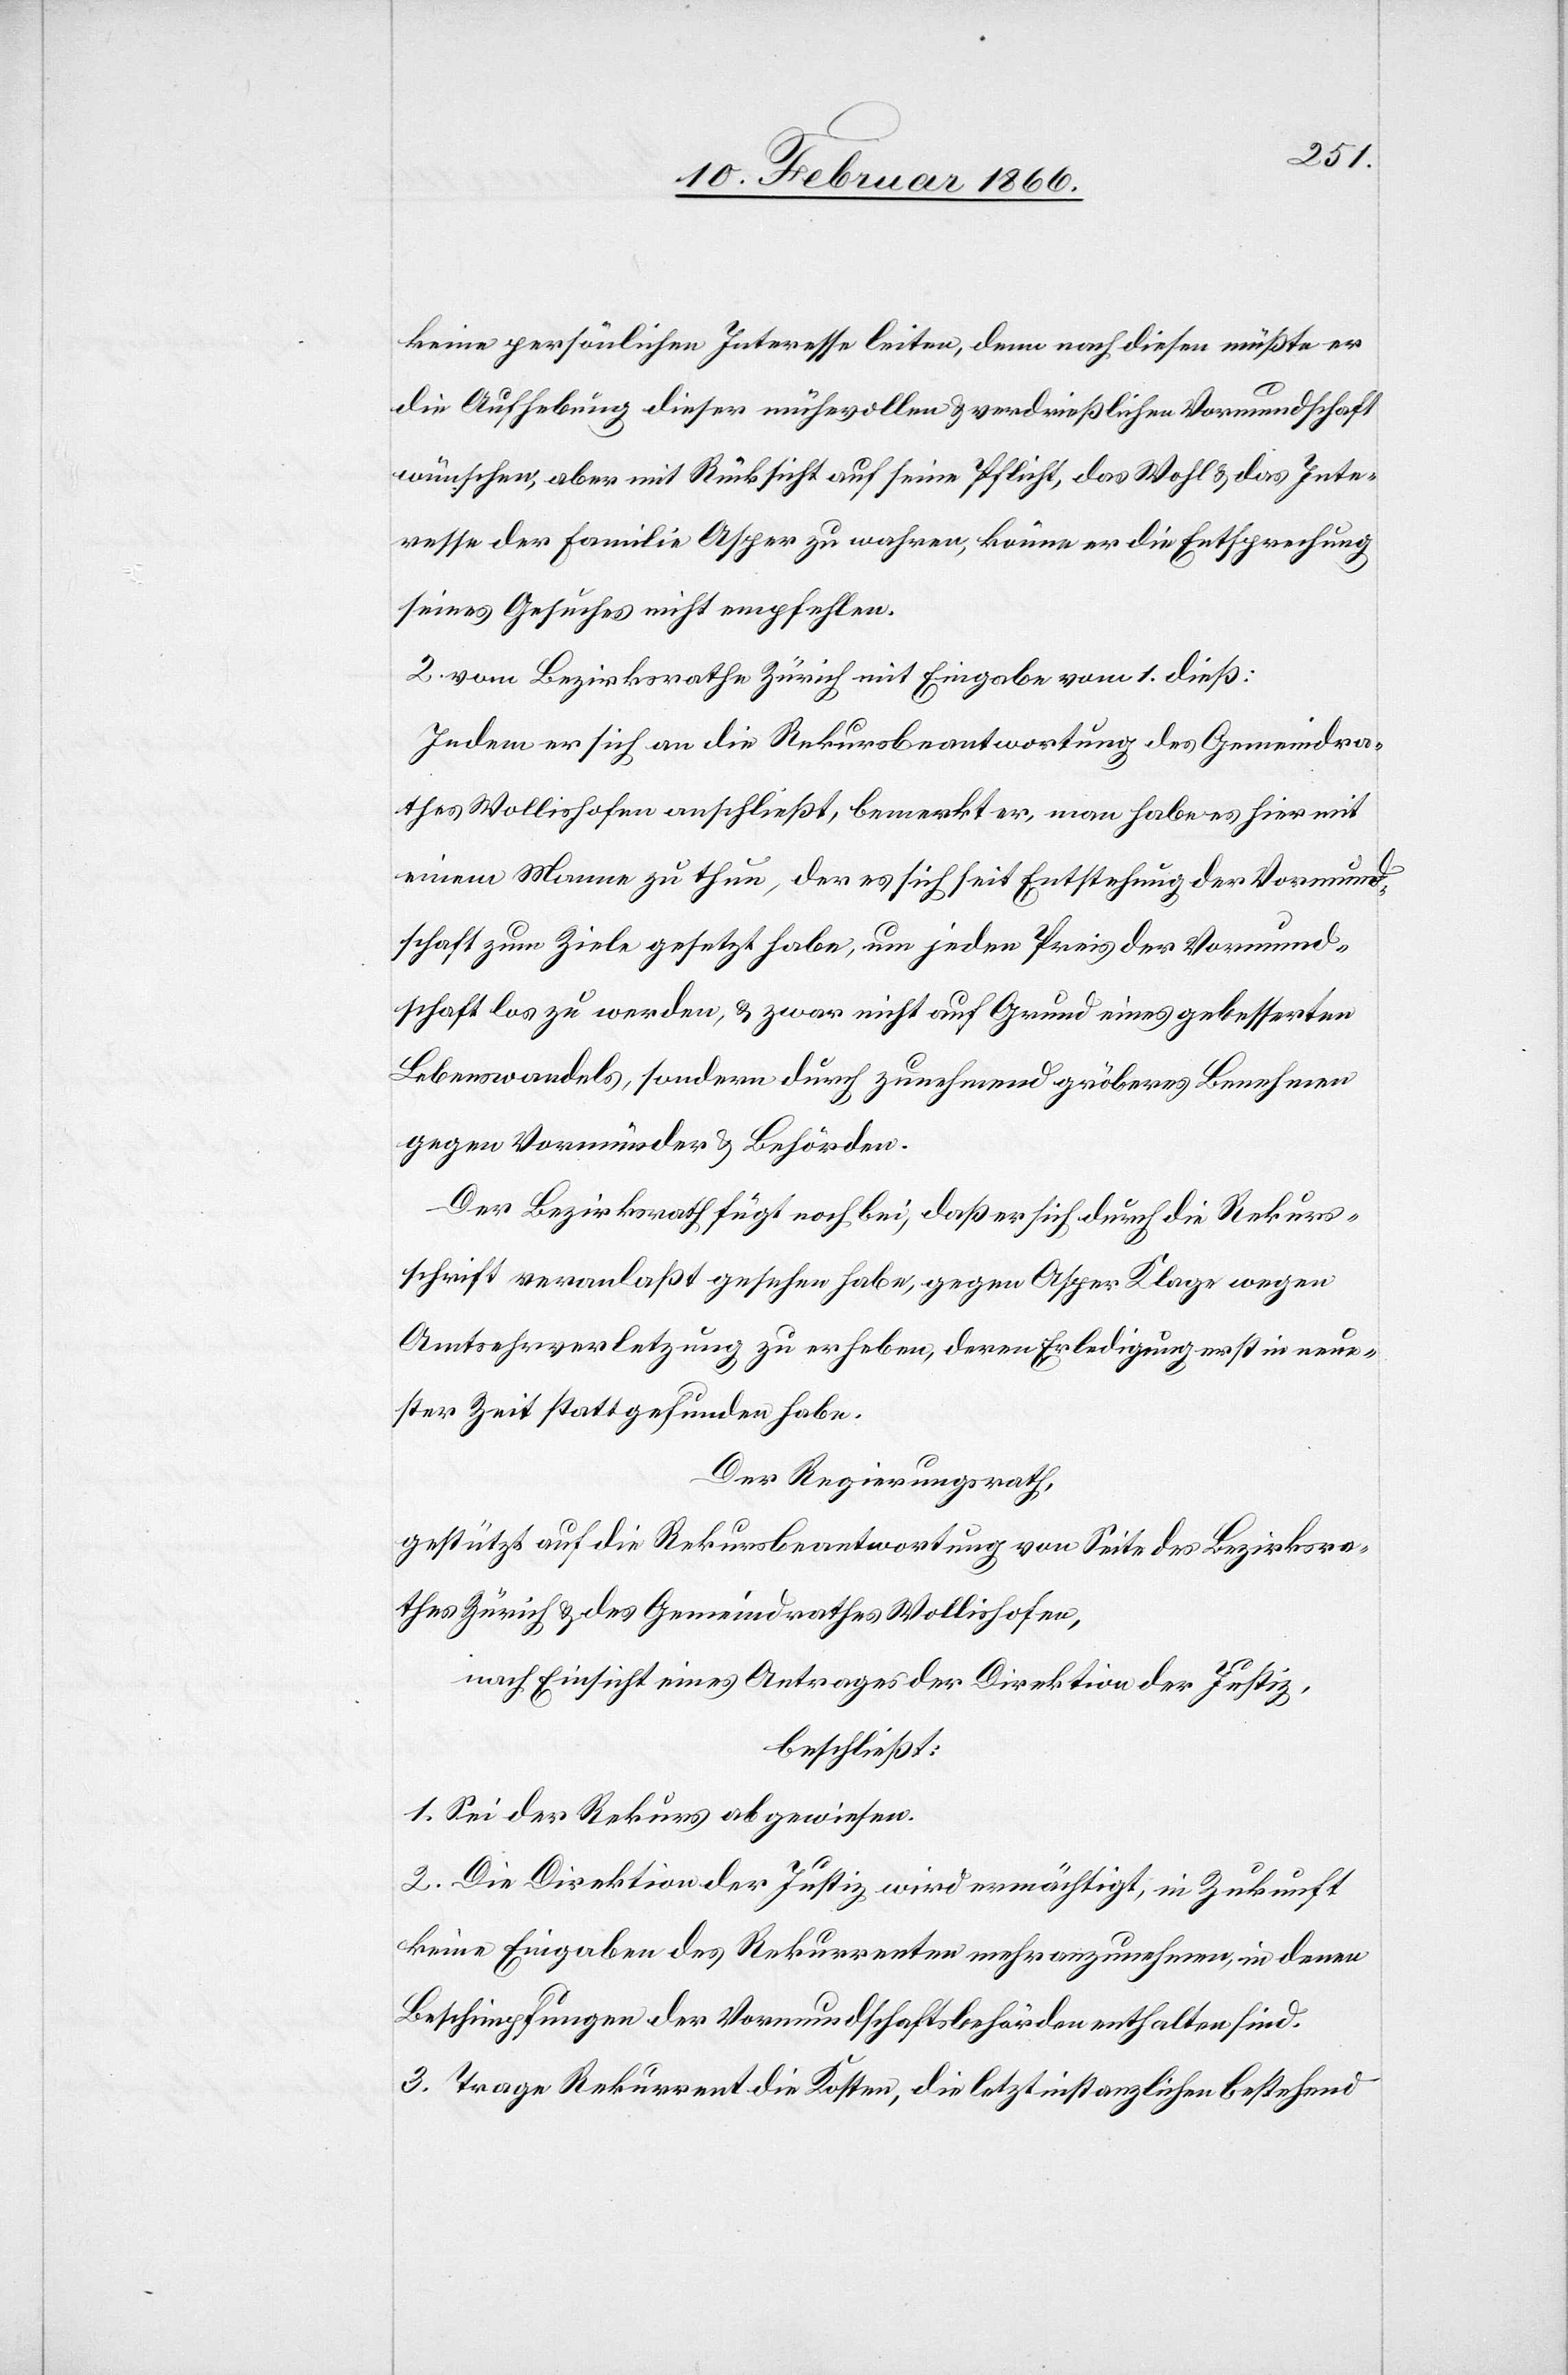
keine persönlichen Interesse leiten, denn nach diesen müßte er
die Aufhebung dieser mühevollen u. verdrießlichen Vormundschaft
wünschen, aber mit Rücksicht auf seine Pflicht, das Wohl u. das Inte¬
resse der Familie Asper zu wahren, könne er die Entsprechung
seines Gesuches nicht empfehlen.
2. vom Bezirksrathe Zürich mit Eingabe vom 1. dieß:
Indem er sich an die Rekursbeantwortung des Gemeindra¬
thes Wollishofen anschließt, bemerkt er, man habe es hier mit
einem Manne zu thun, der es sich seit Entstehung der Vormund¬
schaft zum Ziele gesetzt habe, um jeden Preis der Vormund¬
schaft los zu werden, u. zwar nicht auf Grund eines gebesserten
Lebenswandels, sondern durch zunehmend gröberes Benehmen
gegen Vormund u. Behörden.
Der Bezirksrath fügt noch bei, daß er sich durch die Rekurs¬
schrift veranlaßt gesehen habe, gegen Asper Klage wegen
Amtsehrverletzung zu erheben, deren Erledigung erst in neue¬
ster Zeit stattgefunden habe.
Der Regierungsrath,
gestützt auf die Rekursbeantwortung von Seite des Bezirksra¬
thes Zürich u. des Gemeindrathes Wollishofen,
nach Einsicht eines Antrages der Direktion der Justiz,
beschließt:
1. Sei der Rekurs abgewiesen.
2. Die Direktion der Justiz wird ermächtigt, in Zukunft
keine Eingaben des Rekurrenten mehr anzunehmen, in denen
Beschimpfungen der Vormundschaftsbehörden enthalten sind.
3. Trage Rekurrent die Kosten, die letztinstanzlichen bestehend